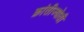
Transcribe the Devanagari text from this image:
क्रांतीज्योती